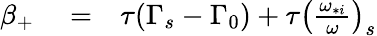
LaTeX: \begin{array}{rlr}{\beta_{+}}&{{}=}&{\tau(\Gamma_{s}-\Gamma_{0})+\tau\left(\frac{\omega_{*i}}{\omega}\right)_{s}}\end{array}